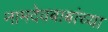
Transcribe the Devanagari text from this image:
नामदेवबाबांच्या